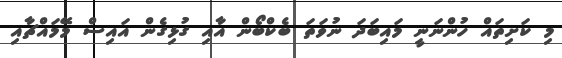
މި ކަށިތައް ހުންނަނީ މައިބަދަ ނުވަތަ ބެކްބޯން އާއި ގުޅިގެން އައިސް މޭމައްޗާއި